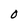
Character: O